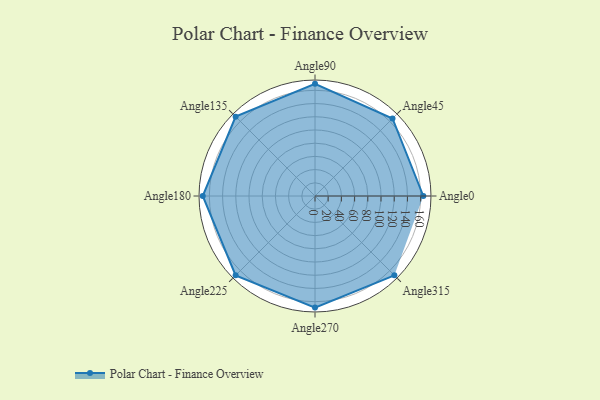
{"axis": {"x": "Angle", "y": "Radius"}, "legend": [""], "data": [{"x": "Angle0", "y": 164.0, "type": ""}, {"x": "Angle45", "y": 166.0, "type": ""}, {"x": "Angle90", "y": 170, "type": ""}, {"x": "Angle135", "y": 170, "type": ""}, {"x": "Angle180", "y": 170, "type": ""}, {"x": "Angle225", "y": 170, "type": ""}, {"x": "Angle270", "y": 169.0, "type": ""}, {"x": "Angle315", "y": 170.0, "type": ""}]}